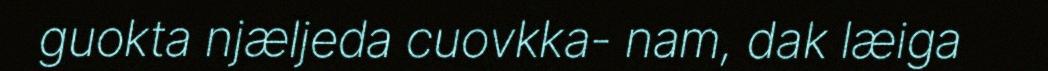
guokta njæljeda cuovkka- nam, dak læiga